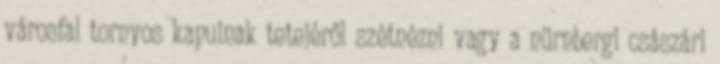
városfal tornyos kapuinak tetejéről szétnézni vagy a nürnbergi császári